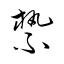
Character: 縶